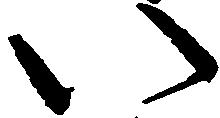
い